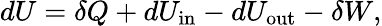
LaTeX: dU=\delta Q+dU_{\mathrm{in}}-dU_{\mathrm{out}}-\delta W,